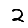
Digit: 2